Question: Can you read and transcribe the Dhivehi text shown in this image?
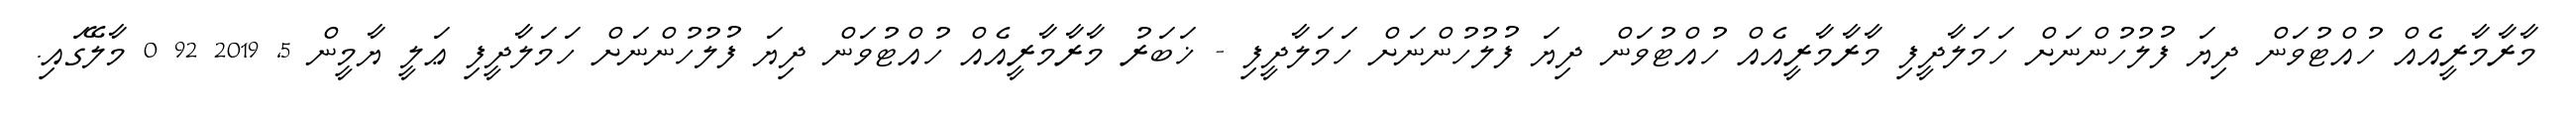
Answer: މާރާމާރީއެއް ހުއްޓުވަން ދިޔަ ފުލުހުންނަށް ހަމަލާދީފި މާރާމާރީއެއް ހުއްޓުވަން ދިޔަ ފުލުހުންނަށް ހަމަލާދީފި - ޚަބަރު މާރާމާރީއެއް ހުއްޓުވަން ދިޔަ ފުލުހުންނަށް ހަމަލާދީފި ޢަލީ ޔާމީން 5, 2019 92 0 މާލޭގައި.